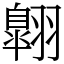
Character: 翺